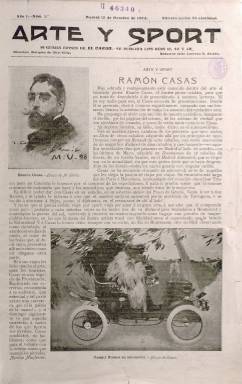
Título: Arte y sport
Colección: Deportes || Revistas de información general
Ámbito geográfico: Madrid
Lugar de publicación: Madrid
Fechas: 10/10/1903-30/04/1905

Esta revista es producto de la fusión de tres publicaciones: Bilbao deportivo, Vida deportiva, de Barcelona, y El Cardo, publicación madrileña cuyo último número fue el del 30 de junio de 1903. La nueva publicación echará a andar en octubre de ese año con el subtítulo: ‘Segunda época de El Cardo’, y su director será también el que había sido fundador y director de este último, el marqués de Alta Villa.

  Además del arte, la publicación se proponía fomentar la educación física y la práctica deportiva en España, algo que todavía era minoritario. En su primer número declara su intención de inculcar lo que se hacía en el norte de Europa: ‘En la raza sajona todo es poco para el cultivo de las artes y para el desarrollo de sus gustos varoniles como descanso de sus habituales deberes; y en cambio la raza latina, la más espiritual, la que tantos ejemplos dio al mundo de inspiración y de aptitudes universales, descuida el estado de su existencia física sin atender tampoco a su moral perfeccionamiento’.

  El ciclismo, como se puede ver también en este primer número, tendrá un espacio privilegiado en la revista, con varias de sus 16 páginas dedicadas a este deporte acompañadas de fotografías. En cuanto al arte, podemos leer un artículo dedicado a la inauguración de un monumento a Wagner en Berlín, firmado por un joven José Deleito y Piñuela, gran pedagogo e historiador del teatro y de la España del reinado de Felipe IV. Piñuela fue colaborador de El Cardo y también lo sería de esta revista.

  En otros números del periódico se pueden encontrar páginas dedicadas a las carreras de automóviles. En el de 30 de noviembre de 1903, por ejemplo, podemos ver la crónica de una de ellas y las fotos de los vehículos, algunos de los cuales recuerdan coches de caballos motorizados.

  Deportes como la esgrima, el esquí, las carreras pedestres, de caballos, el golf o la caza también tenían su lugar en la revista, que dedicaba más espacio a informar sobre estas actividades que a las artísticas o a la literatura. El fútbol fue ganando terreno a medida que pasaba el tiempo, aunque todavía no era un deporte de masas.

  Con números de 12 páginas de media, la revista se publicaba tres veces al mes, los días 10, 20 y 30, y en la última página se insertaban anuncios por líneas.

   La política no tuvo un papel especial en la publicación, pero el marqués de Alta Villa, que había sido secretario de Isabel II en su exilio en París, no podía dejar pasar por alto el fallecimiento de la reina destronada y dedicó la portada y varias páginas del número 20, de 20 de abril de 1904, a recordar su figura, incluyendo además dos páginas autógrafas de la propia Isabel II de la época del exilio.

 En el último número de la publicación que posee la BNE, el de 30 de abril de 1905, se incluye una noticia protagonizada por su director, el marqués de Alta Villa, quien desde la Academia de Bellas Artes había gestionado la ayuda del Gobierno para la restauración de La Alhambra de Granada y que pedía, de momento sin resultado, que se estableciera una tarifa de entrada a fin de proteger mejor el monumento.

[Descripción publicada el 28/05/2020]